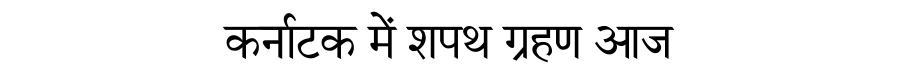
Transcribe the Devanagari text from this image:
कर्नाटक में शपथ ग्रहण आज